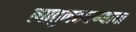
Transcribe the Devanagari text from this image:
त्यातुनकरण्याचा